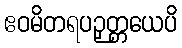
ဧဝမိတရပဉှတ္တယေပိ